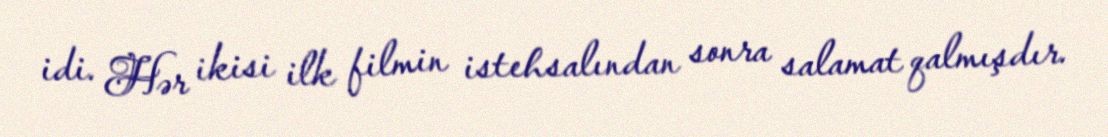
idi. Hər ikisi ilk filmin istehsalından sonra salamat qalmışdır.